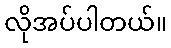
လိုအပ်ပါတယ်။